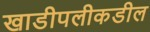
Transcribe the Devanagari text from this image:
खाडीपलीकडील